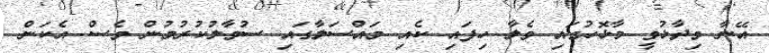
އޭނާ ވިދާޅުވީ މާޅޮހުގައި ވެލާ ހިފައި ކެއި މައްސަލާގައި ސުވާލުކުރުމުން ވެސް އެކަން